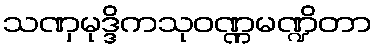
သဏှမုဒ္ဒိကသုဝဏ္ဏမဏ္ဍိတာ